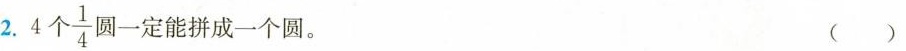
2.4个 \frac{1}{4} 圆一定能拼成一个圆。 ()